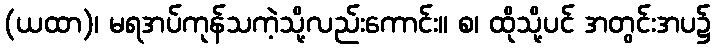
(ယထာ)၊ မရအပ်ကုန်သကဲ့သို့လည်းကောင်း။ စ၊ ထိုသို့ပင် အတွင်းအပ၌